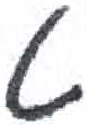
אות: ט